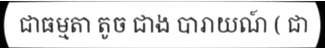
ជាធម្មតា តូច ជាង បារាយណ៍ ( ជា